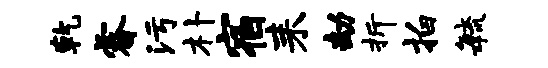
乾睿污朴宿耒劫折拍敏